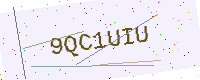
Text: 9QC1UIU